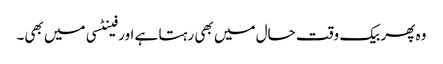
وہ پھر بیک وقت حال میں بھی رہتا ہے اور فینٹسی میں بھی۔